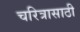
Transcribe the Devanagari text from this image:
चरित्रासाठी